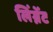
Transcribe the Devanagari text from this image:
लिंग्नेंट